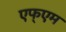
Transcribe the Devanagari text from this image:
एफ्एम